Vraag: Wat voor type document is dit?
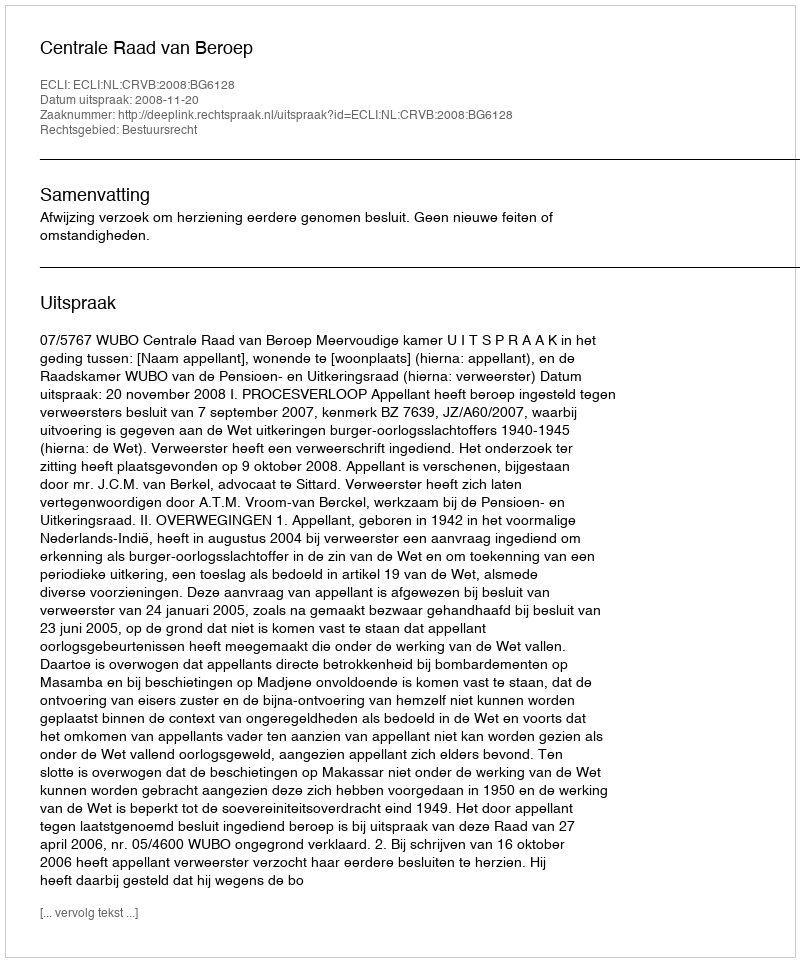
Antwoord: Uitspraak